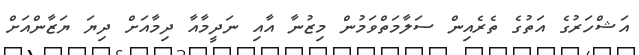
އަޝްހަރުގެ އަތުގެ ތެރެއިން ސަލާމަތްވަމުން މިޒުނާ އާއި ނަދީމާއާ ދިމާއަށް ދިޔަ ޔަޒާންއަށް